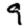
Digit: 9